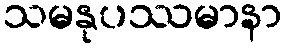
သမနုပဿမာနာ